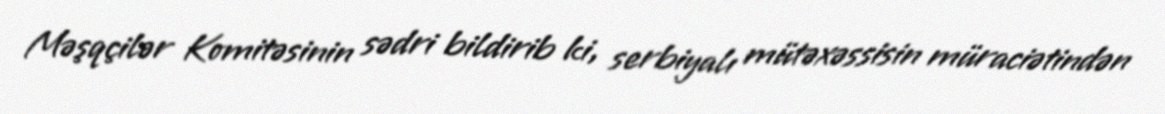
Məşqçilər Komitəsinin sədri bildirib ki, serbiyalı mütəxəssisin müraciətindən